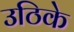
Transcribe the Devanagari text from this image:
उठिके